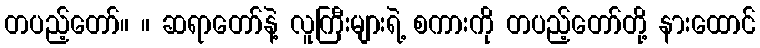
တပည့်တော်။ ။ ဆရာတော်နဲ့ လူကြီးများရဲ့ စကားကို တပည့်တော်တို့ နားထောင်